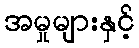
အမှုများနှင့်